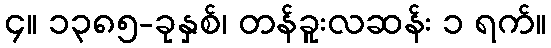
၄။ ၁၃၈၅-ခုနှစ်၊ တန်ခူးလဆန်း ၁ ရက်။